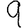
Digit: 9